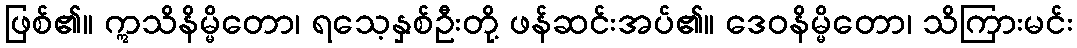
ဖြစ်၏။ ဣသိနိမ္မိတော၊ ရသေ့နှစ်ဦးတို့ ဖန်ဆင်းအပ်၏။ ဒေဝနိမ္မိတော၊ သိကြားမင်း